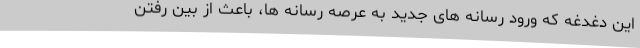
این دغدغه که ورود رسانه های جدید به عرصه رسانه ها، باعث از بین رفتن